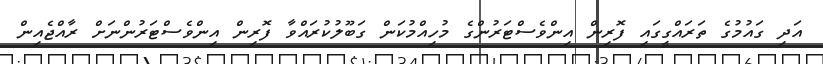
އަދި ގައުމުގެ ތަރައްގީގައި ފޮރިން އިންވެސްޓަރުންގެ މުހިއްމުކަން ގަބޫލުކުރައްވާ ފޮރިން އިންވެސްޓަރުންނަށް ރާއްޖެއިން